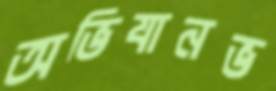
অভিযানভ